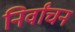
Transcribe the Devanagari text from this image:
निर्वांचन